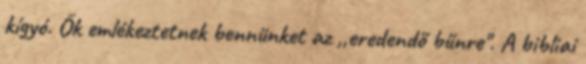
kígyó. Ők emlékeztetnek bennünket az ,,eredendő bűnre". A bibliai